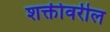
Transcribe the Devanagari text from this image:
शक्तीवरील